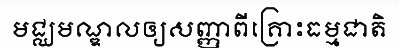
មជ្ឈមណ្ឌលឲ្យសញ្ញាពីគ្រោះធម្មជាតិ